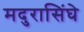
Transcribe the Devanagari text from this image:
मदुरासिंघे